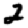
Digit: 2